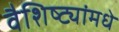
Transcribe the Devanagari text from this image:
वैशिष्ट्यांमधे